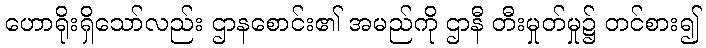
ဟောရိုးရှိသော်လည်း ဌာနစောင်း၏ အမည်ကို ဌာနီ တီးမှုတ်မှု၌ တင်စား၍